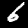
Label: 6